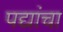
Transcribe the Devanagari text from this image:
पद्यांचा